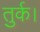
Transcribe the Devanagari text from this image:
तुर्क।